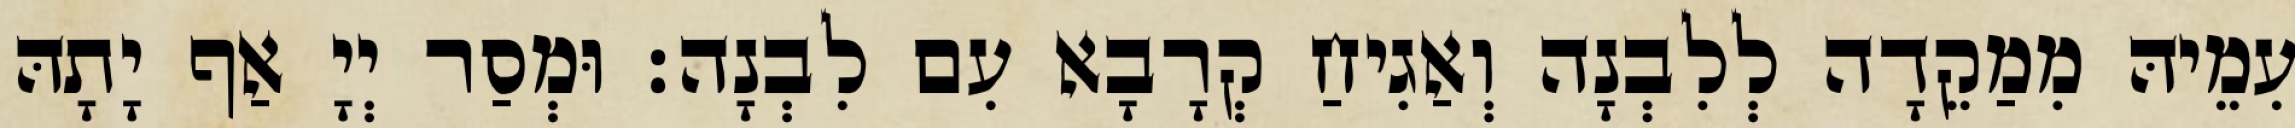
עִמֵיהּ מִמַקֵדָה לְלִבְנָה וְאַגִיחַ קְרָבָא עִם לִבְנָה׃ וּמְסַר יְיָ אַף יָתָהּ